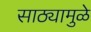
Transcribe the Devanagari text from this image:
साठ्यामुळे